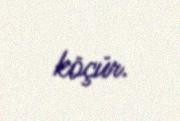
köçür.